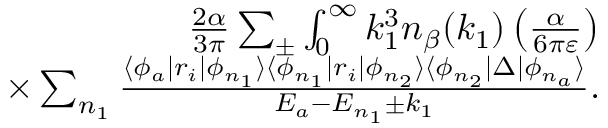
\begin{array} { r } { \frac { 2 \alpha } { 3 \pi } \sum _ { \pm } \int _ { 0 } ^ { \infty } k _ { 1 } ^ { 3 } n _ { \beta } ( k _ { 1 } ) \left( \frac { \alpha } { 6 \pi \varepsilon } \right) } \\ { \times \sum _ { n _ { 1 } } \frac { \langle \phi _ { a } | r _ { i } | \phi _ { n _ { 1 } } \rangle \langle \phi _ { n _ { 1 } } | r _ { i } | \phi _ { n _ { 2 } } \rangle \langle \phi _ { n _ { 2 } } | \Delta | \phi _ { n _ { a } } \rangle } { E _ { a } - E _ { n _ { 1 } } \pm k _ { 1 } } . } \end{array}